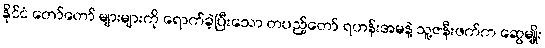
နိုင်ငံ တော်တော် များများကို ရောက်ခဲ့ပြီးသော တပည့်တော် ရဟန်းအမနဲ့ သူ့ဇနီးဖက်က ဆွေမျိုး